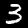
Label: 3